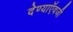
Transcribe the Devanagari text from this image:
देण्याऍवजी